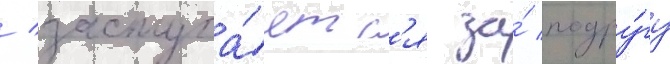
/ заступа́етс'я за́ подру́гу